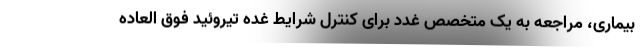
بیماری، مراجعه به یک متخصص غدد برای کنترل شرایط غده تیروئید فوق العاده